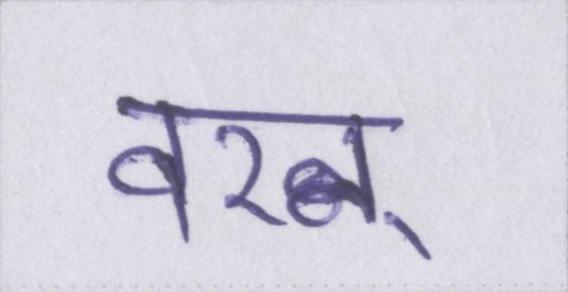
वरन्